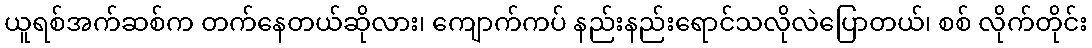
ယူရစ်အက်ဆစ်က တက်နေတယ်ဆိုလား၊ ကျောက်ကပ် နည်းနည်းရောင်သလိုလဲပြောတယ်၊ စစ် လိုက်တိုင်း